Report of the King Institute of Preventive Medicine, Guindy
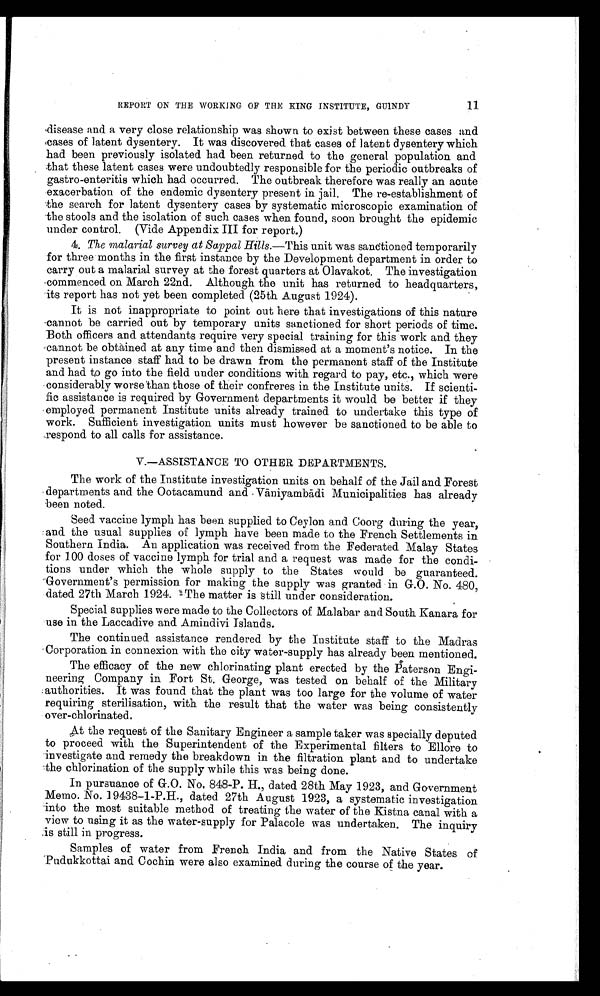
11
REPORT ON THE WORKING OF THE KING INSTITUTE, GUINDY
disease and a very close relationship was shown to exist between these cases and
cases of latent dysentery. It was discovered that cases of latent dysentery which
had been previously isolated had been returned to the general population and
that these latent cases were undoubtedly responsible for the periodic outbreaks of
gastro-enteritis which had occurred. The outbreak therefore was really an acute
exacerbation of the endemic dysentery present in jail. The re-establishment of
the search for latent dysentery cases by systematic microscopic examination of
the stools and the isolation of such cases when found, soon brought the epidemic
under control. (Vide Appendix III for report.)
4. The malarial survey at Sappal Hills.— This unit was sanctioned temporarily
for three months in the first instance by the Development department in order to
carry out a malarial survey at the forest quarters at Olavakot. The investigation
commenced on March 22nd. Although the unit has returned to headquarters,
its report has not yet been completed (25th August 1924).
It is not inappropriate to point out here that investigations of this nature
cannot be carried out by temporary units sanctioned for short periods of time.
Both officers and attendants require very special training for this work and they
cannot be obtained at any time and then dismissed at a moment's notice. In the
present instance staff had to be drawn from the permanent staff of the Institute
and had to go into the field under conditions with regard to pay, etc., which were
considerably worse than those of their confreres in the Institute units. If scienti-
fic assistance is required by Government departments it would be better if they
employed permanent Institute units already trained to undertake this type of
work. Sufficient investigation units must however be sanctioned to be able to
respond to all calls for assistance.
V.—ASSISTANCE TO OTHER DEPARTMENTS.
The work of the Institute investigation units on behalf of the Jail and Forest
departments and the Ootacamund and Vāniyambādi Municipalities has already
been noted.
Seed vaccine lymph has been supplied to Ceylon and Coorg during the year,
and the usual supplies of lymph have been made to the French Settlements in
Southern India. An application was received from the Federated Malay States
for 100 doses of vaccine lymph for trial and a request was made for the condi-
tions under which the whole supply to the States would be guaranteed.
Government's permission for making the supply was granted in G.O. No. 480,
dated 27th March 1924. The matter is still under consideration.
Special supplies were made to the Collectors of Malabar and South Kanara for
use in the Laccadive and Amindivi Islands.
The continued assistance rendered by the Institute staff to the Madras
Corporation in connexion with the city water-supply has already been mentioned.
The efficacy of the new chlorinating plant erected by the Paterson Engi
-
neering Company in Fort St. George, was tested on behalf of the Military
authorities. It was found that the plant was too large for the volume of water
requiring sterilisation, with the result that the water was being consistently
over-chlorinated.
At the request of the Sanitary Engineer a sample taker was specially deputed
to proceed with the Superintendent of the Experimental filters to Ellore to
investigate and remedy the breakdown in the filtration plant and to undertake
the chlorination of the supply while this was being done.
In pursuance of G.O. No, 848-P. H., dated 28th May 1923, and Government
Memo. No. 19438-1-P.H., dated 27th August 1923, a systematic investigation
into the most suitable method of treating the water of the Kistna canal with a
view to using it as the water-supply for Palacole was undertaken. The inquiry
is still in progress.
Samples of water from French India and from the Native States of
Pudukkottai and Cochin were also examined during the course of the year.